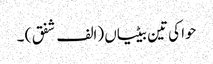
حوا کی تین بیٹیاں (الف شفق ) ۔